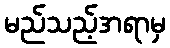
မည်သည့်အရာမှ